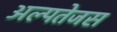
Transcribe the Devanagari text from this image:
अल्पतेजस